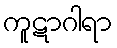
ကူဋာဂါရာ